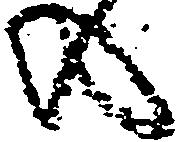
の